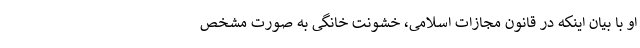
او با بیان اینکه در قانون مجازات اسلامی، خشونت خانگی به صورت مشخص